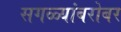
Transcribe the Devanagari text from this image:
सगळ्यांबरोबर